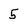
Character: 5